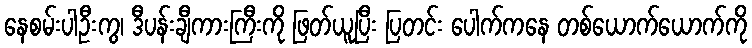
နေစမ်းပါဦးကွ၊ ဒီပန်းချီကားကြီးကို ဖြတ်ယူပြီး ပြတင်း ပေါက်ကနေ တစ်ယောက်ယောက်ကို